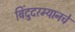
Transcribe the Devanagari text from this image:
बिंदुदरम्यानचे